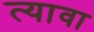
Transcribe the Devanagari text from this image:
त्यावा